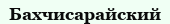
Бахчисарайский